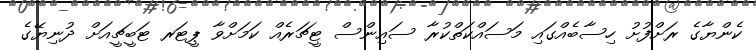
ކެންޔާގެ ރަށްފުށު ހިސާބެއްގައި މަސައްކަތްކުރާ ސައިންސް ޓީޗަރެއް ކަމަށްވާ ޕީޓަރ ޓަބީޗީއަށް ދުނިޔޭގެ